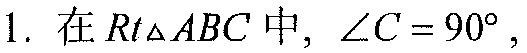
1. 在\(Rt\triangle ABC\)中，\(\angle C = 90^{\circ}\)，